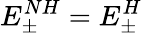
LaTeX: E_{\pm}^{NH}=E_{\pm}^{H}